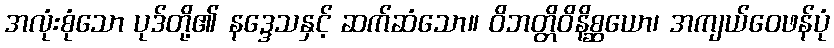
အလုံးစုံသော ပုဒ်တို့၏ နဒ္ဒေသနှင့် ဆက်ဆံသော။ ဝိဘတ္တိဝိနိစ္ဆယော၊ အကျယ်ဝေဖန်ပုံ